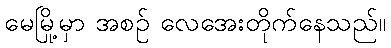
မေမြို့မှာ အစဉ် လေအေးတိုက်နေသည်။